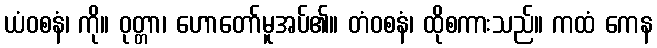
ယံဝစနံ၊ ကို။ ဝုတ္တာ၊ ဟောတော်မူအပ်၏။ တံဝစနံ၊ ထိုစကားသည်။ ကထံ ကေန